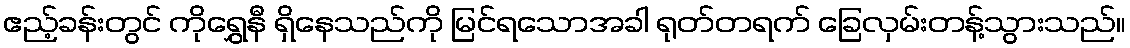
ဧည့်ခန်းတွင် ကိုရွှေနီ ရှိနေသည်ကို မြင်ရသောအခါ ရုတ်တရက် ခြေလှမ်းတန့်သွားသည်။